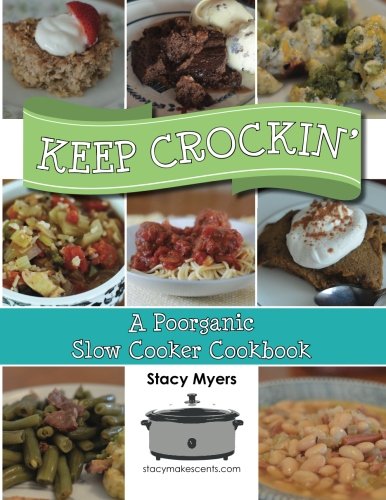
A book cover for Keep Crockin': A Poorganic Slow Cooker Cookbook; Stacy Myers; Cookbooks, Food & Wine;